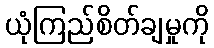
ယုံကြည်စိတ်ချမှုကို